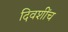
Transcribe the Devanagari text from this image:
दिवशींच